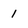
Character: 1